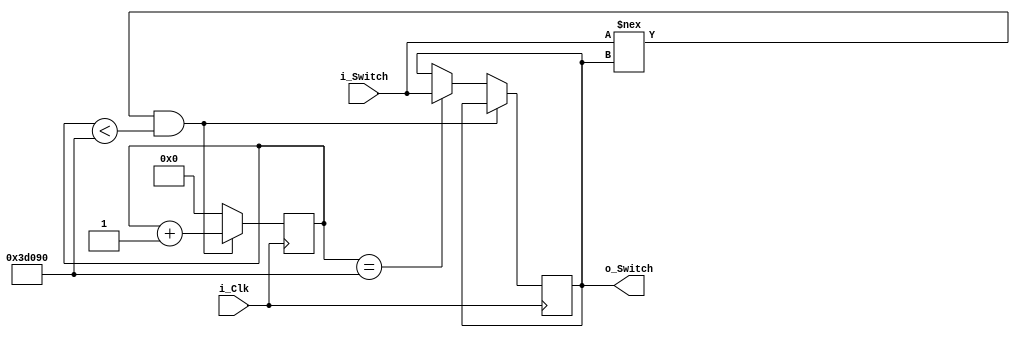
module Debounce_Switch
    (input i_Clk,
    input i_Switch,
    output o_Switch);

    parameter c_DEBOUNCE_LIMIT = 250000;        // 10ms @ 25 MHz

    reg r_State = 1'b0;
    reg [17:0] r_Count = 0;

    always @(posedge i_Clk) begin
        if ((i_Switch !== r_State) && (r_Count < c_DEBOUNCE_LIMIT))
            r_Count <= r_Count + 1;        // Counter
        else if (r_Count == c_DEBOUNCE_LIMIT)
            begin
               r_Count <= 0;
               r_State <= i_Switch; 
            end
        else
            r_Count <= 0;
    end

    assign o_Switch = r_State;

endmodule